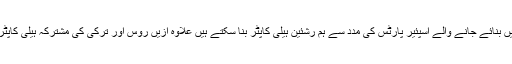
انہوں نے کہا ہے کہ ترکی میں بنائے جانے والے اسپئیر پارٹس کی مدد سے ہم رشئین ہیلی کاپٹر بنا سکتے ہیں علاوہ ازیں روس اور ترکی کی مشترکہ ہیلی کاپٹر پیداوار بھی ممکن ہو سکتی ۔